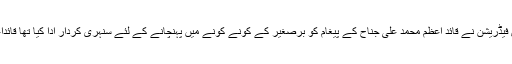
مجھے یاد ہے تحریک پاکستان کے وقت آل انڈیا مسلم سٹوڈنٹس فیڈریشن نے قائد اعظم محمد علی جناح کے پیغام کو برصغیر کے کونے کونے میں پہنچانے کے لئے سنہری کردار ادا کیا تھا قائداعظم محمد علی جناح نے ان طلباء کو ہر اول دستہ قرار دیا تھا ۔